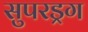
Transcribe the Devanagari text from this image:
सुपरड्रग